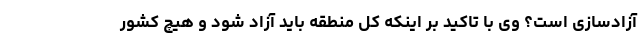
آزادسازی است؟ وی با تاکید بر اینکه کل منطقه باید آزاد شود و هیچ کشور